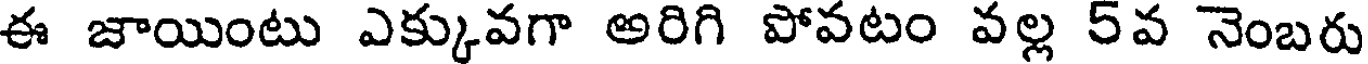
ఈ జాయింటు ఎక్కువగా అరిగి పోవటం వల్ల 5వ నెంబరు